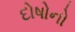
દોષોનો